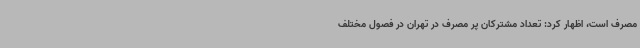
مصرف است، اظهار کرد: تعداد مشترکان پر مصرف در تهران در فصول مختلف